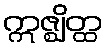
ဣဇ္ဈိတ္ထ